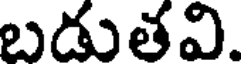
బడుతవి.